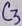
Text: C3